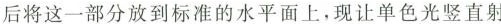
后将这一部分放到标准的水平面上，现让单色光竖直射